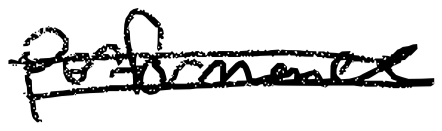
Text: performance
Cross-out: double-line
Writing tool: digital_black